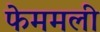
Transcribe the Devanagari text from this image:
फेममली